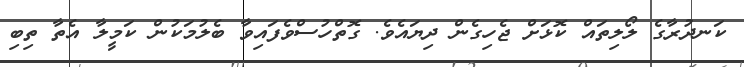
ކަނދުރާގެ ލޯލިތައް ކޮޅަށް ޖެހިގެން ދިޔައެވެ. ގޮތްހުސްވެފައިވާ ބެލުމަކުން ކަމީލާ އެތާ ތިބި